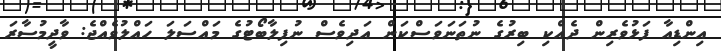
އިންޑިއާ ފަޅުވެރިން ދެއްކި ބިރުގެ ނުތަނަވަސްކަން އަދިވެސް ނުފިލާބޯޓުގެ މައްސަލަ ހައްލުވެއްޖެ: ވާދީމުސާރަ